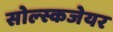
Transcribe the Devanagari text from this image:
सोल्स्कजेयर